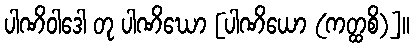
ပါဏိဝါဒေါ တု ပါဏိဃော [ပါဏိယော (ကတ္ထစိ)]။